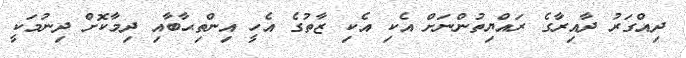
ދިއްގަރު ދާއިރާގެ ރައްޔިތުންނަށް އެކި އެކި ޒާތުގެ އެހީ އިންތިޙާބާއި ދިމާކޮށް ދިނުމަކީ